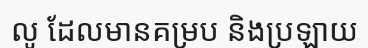
លូ ដែលមានគម្រប និងប្រឡាយ